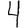
Digit: 4